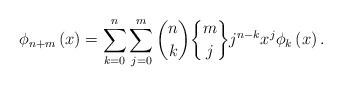
LaTeX: \begin{align*}\phi_{n+m}\left( x\right) =\sum_{k=0}^{n}\sum_{j=0}^{m}\binom{n}{k}\genfrac{\{}{\}}{0pt}{}{m}{j}j^{n-k}x^{j}\phi_{k}\left( x\right) .\end{align*}